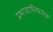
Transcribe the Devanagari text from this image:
प्रभावाभिव्यजंक